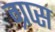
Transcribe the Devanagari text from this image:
ग्रप्स